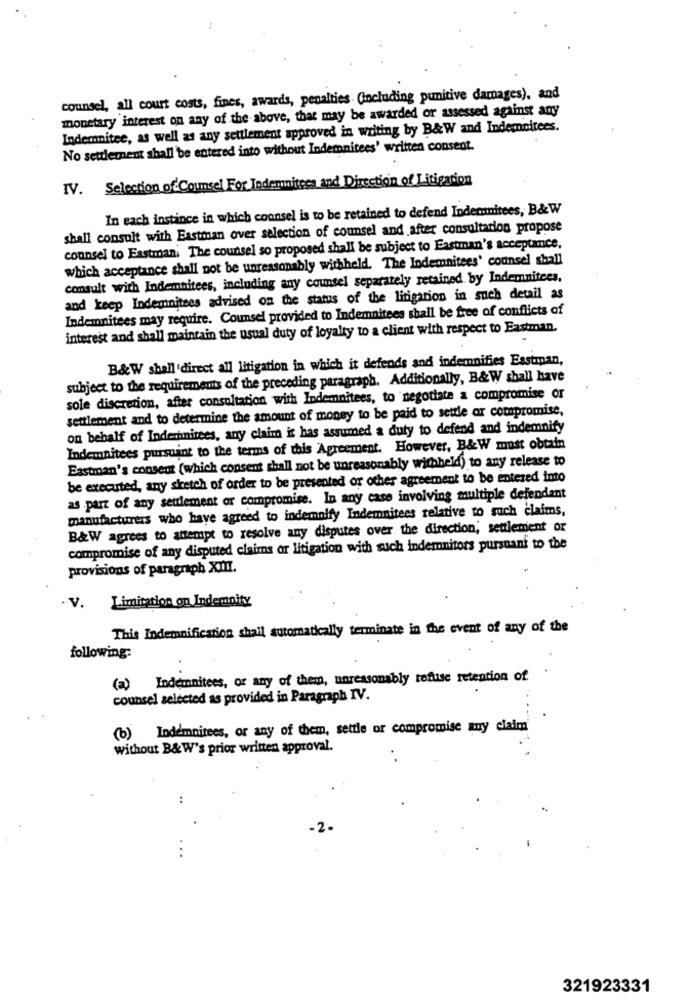
counsel, all court costs, fines, awards, penalties (including punitive damages), and
monetary interest on any of the above, that may be awarded or assessed against any
Indemnitee, as well as any settlement approved in writing by B&W and Indemnitees.
No settlement shall be entered into without Indemnitees' written consent.
IV. Selection of Counsel For Indemnitees and Direction of Litigation
In each instince in which counsel is to be retained to defend Indermitees, B&W
shall consult with Eastman over selection of counsel and after consultation propose
counsel to Eastman. The counsel so proposed shall be subject to Eastman's acceptance.
which acceptance shall not be unreasonably withheld. The Indemnitees' counsel shall
consult with Indemnitees, including any counsel separately retained by Indemnitees.
and keep Indemnitees advised on the status of the litigation in such detail as
Indemnitees may require. Counsel provided to Indemnitees shall be free of conflicts of
interest and shall maintain the usual duty of loyalty to a client with respect to Eastman.
B&W shall 'direct all litigation in which it defends and indemnifies Eastman,
subject to the requirements of the preceding paragraph. Additionally, B&W shall have
sole discretion, after consultation with Indemnitees, to negotiate a compromise or
settlement and to determine the amount of money to be paid to settle or compromise,
on behalf of Inderhnitees, any claim it has assumed a duty to defend and indemnify
Indemnitees pursuant to the terms of this Agreement. However, B&W must obtain
Eastman's consent (which consent shall not be unreasonably withheld) to any release to
be executed, any sketch of order to be presented or other agreement to be entered into
as part of any settlement or compromise. In any case involving multiple defendant
manufacturers who have agreed to indemnify Indemnitees relative to such claims,
B&W agrees to attempt to resolve any disputes over the direction, settlement or
compromise of any disputed claims or litigation with such indemnitors pursuant to the
provisions of paragraph XIII.
Limitation on Indemnity
.V.
This Indemnification shall automatically terminate in the event of any of the
following:
(a) Indemnitees, or any of them, unreasonably refuse retention of.
counsel selected as provided in Paragraph IV.
(b) Indemnitees, or any of them, settle or compromise any claim'
without B& W's prior written approval.
..
321923331